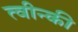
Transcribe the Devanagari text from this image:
त्वीन्की